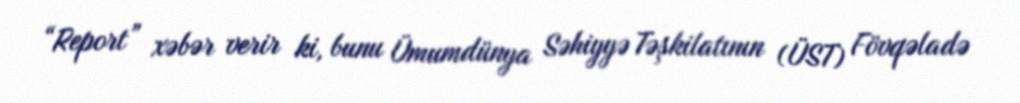
“Report” xəbər verir ki, bunu Ümumdünya Səhiyyə Təşkilatının (ÜST) Fövqəladə